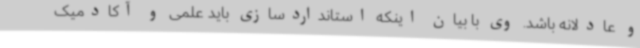
و عادلانه باشد. وی با بیان اینکه استانداردسازی باید علمی و آکادمیک